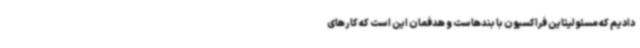
دادیم که مسئولیتاین فراکسیون با بندهاست و هدفمان این است که کارهای